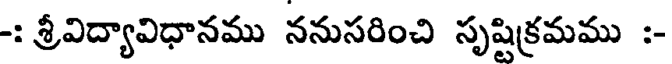
-: శ్రీవిద్యావిధానము ననుసరించి సృష్టిక్రమము :-